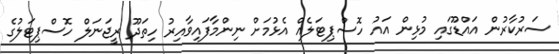
ސަރުކާރުން އައްޑޫގައި މުޅިން އައު ހޮސްޕިޓަލެއް އެޅުމަށް ނިންމާފައިވާއިރު ހިތަދޫ ރީޖަނަލް ހޮސްޕިޓަލުގެ